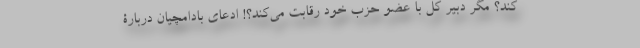
کند؟ مگر دبیر کل با عضو حزب خود رقابت می‌کند؟! ادعای بادامچیان دربارۀ